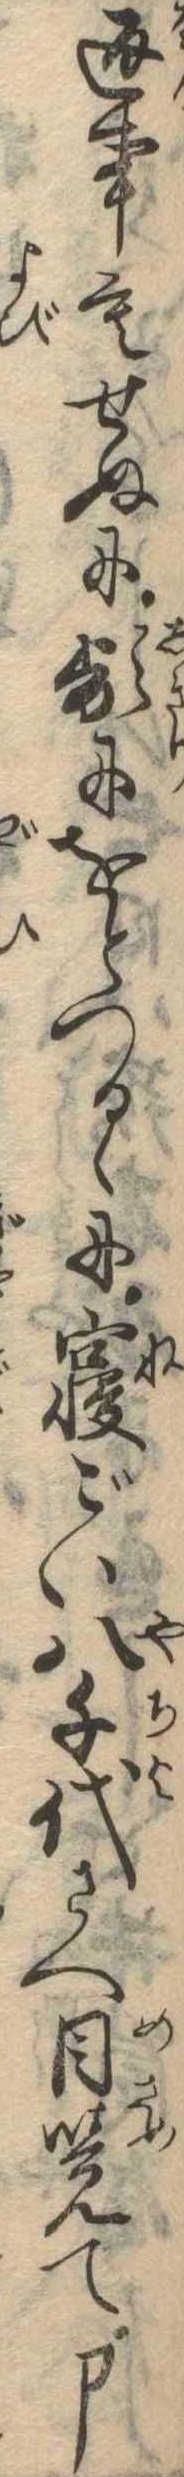
返事もせぬに頻にをとつるゝに寝ごい八千代さへ目覚て申